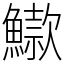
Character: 䲌